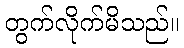
တွက်လိုက်မိသည်။